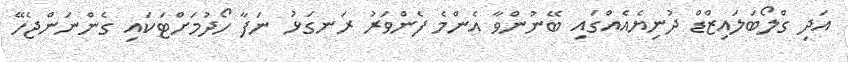
އަދި ގްލޯބަލައިޒްޑް ދުނިޔެއެއްގައި ބޭނުންވާ އެންމެ ފެންވަރު ރަނގަޅު ނަފާ ހޯދުމަށްޓަކައި ގެންނަންޖެހޭ